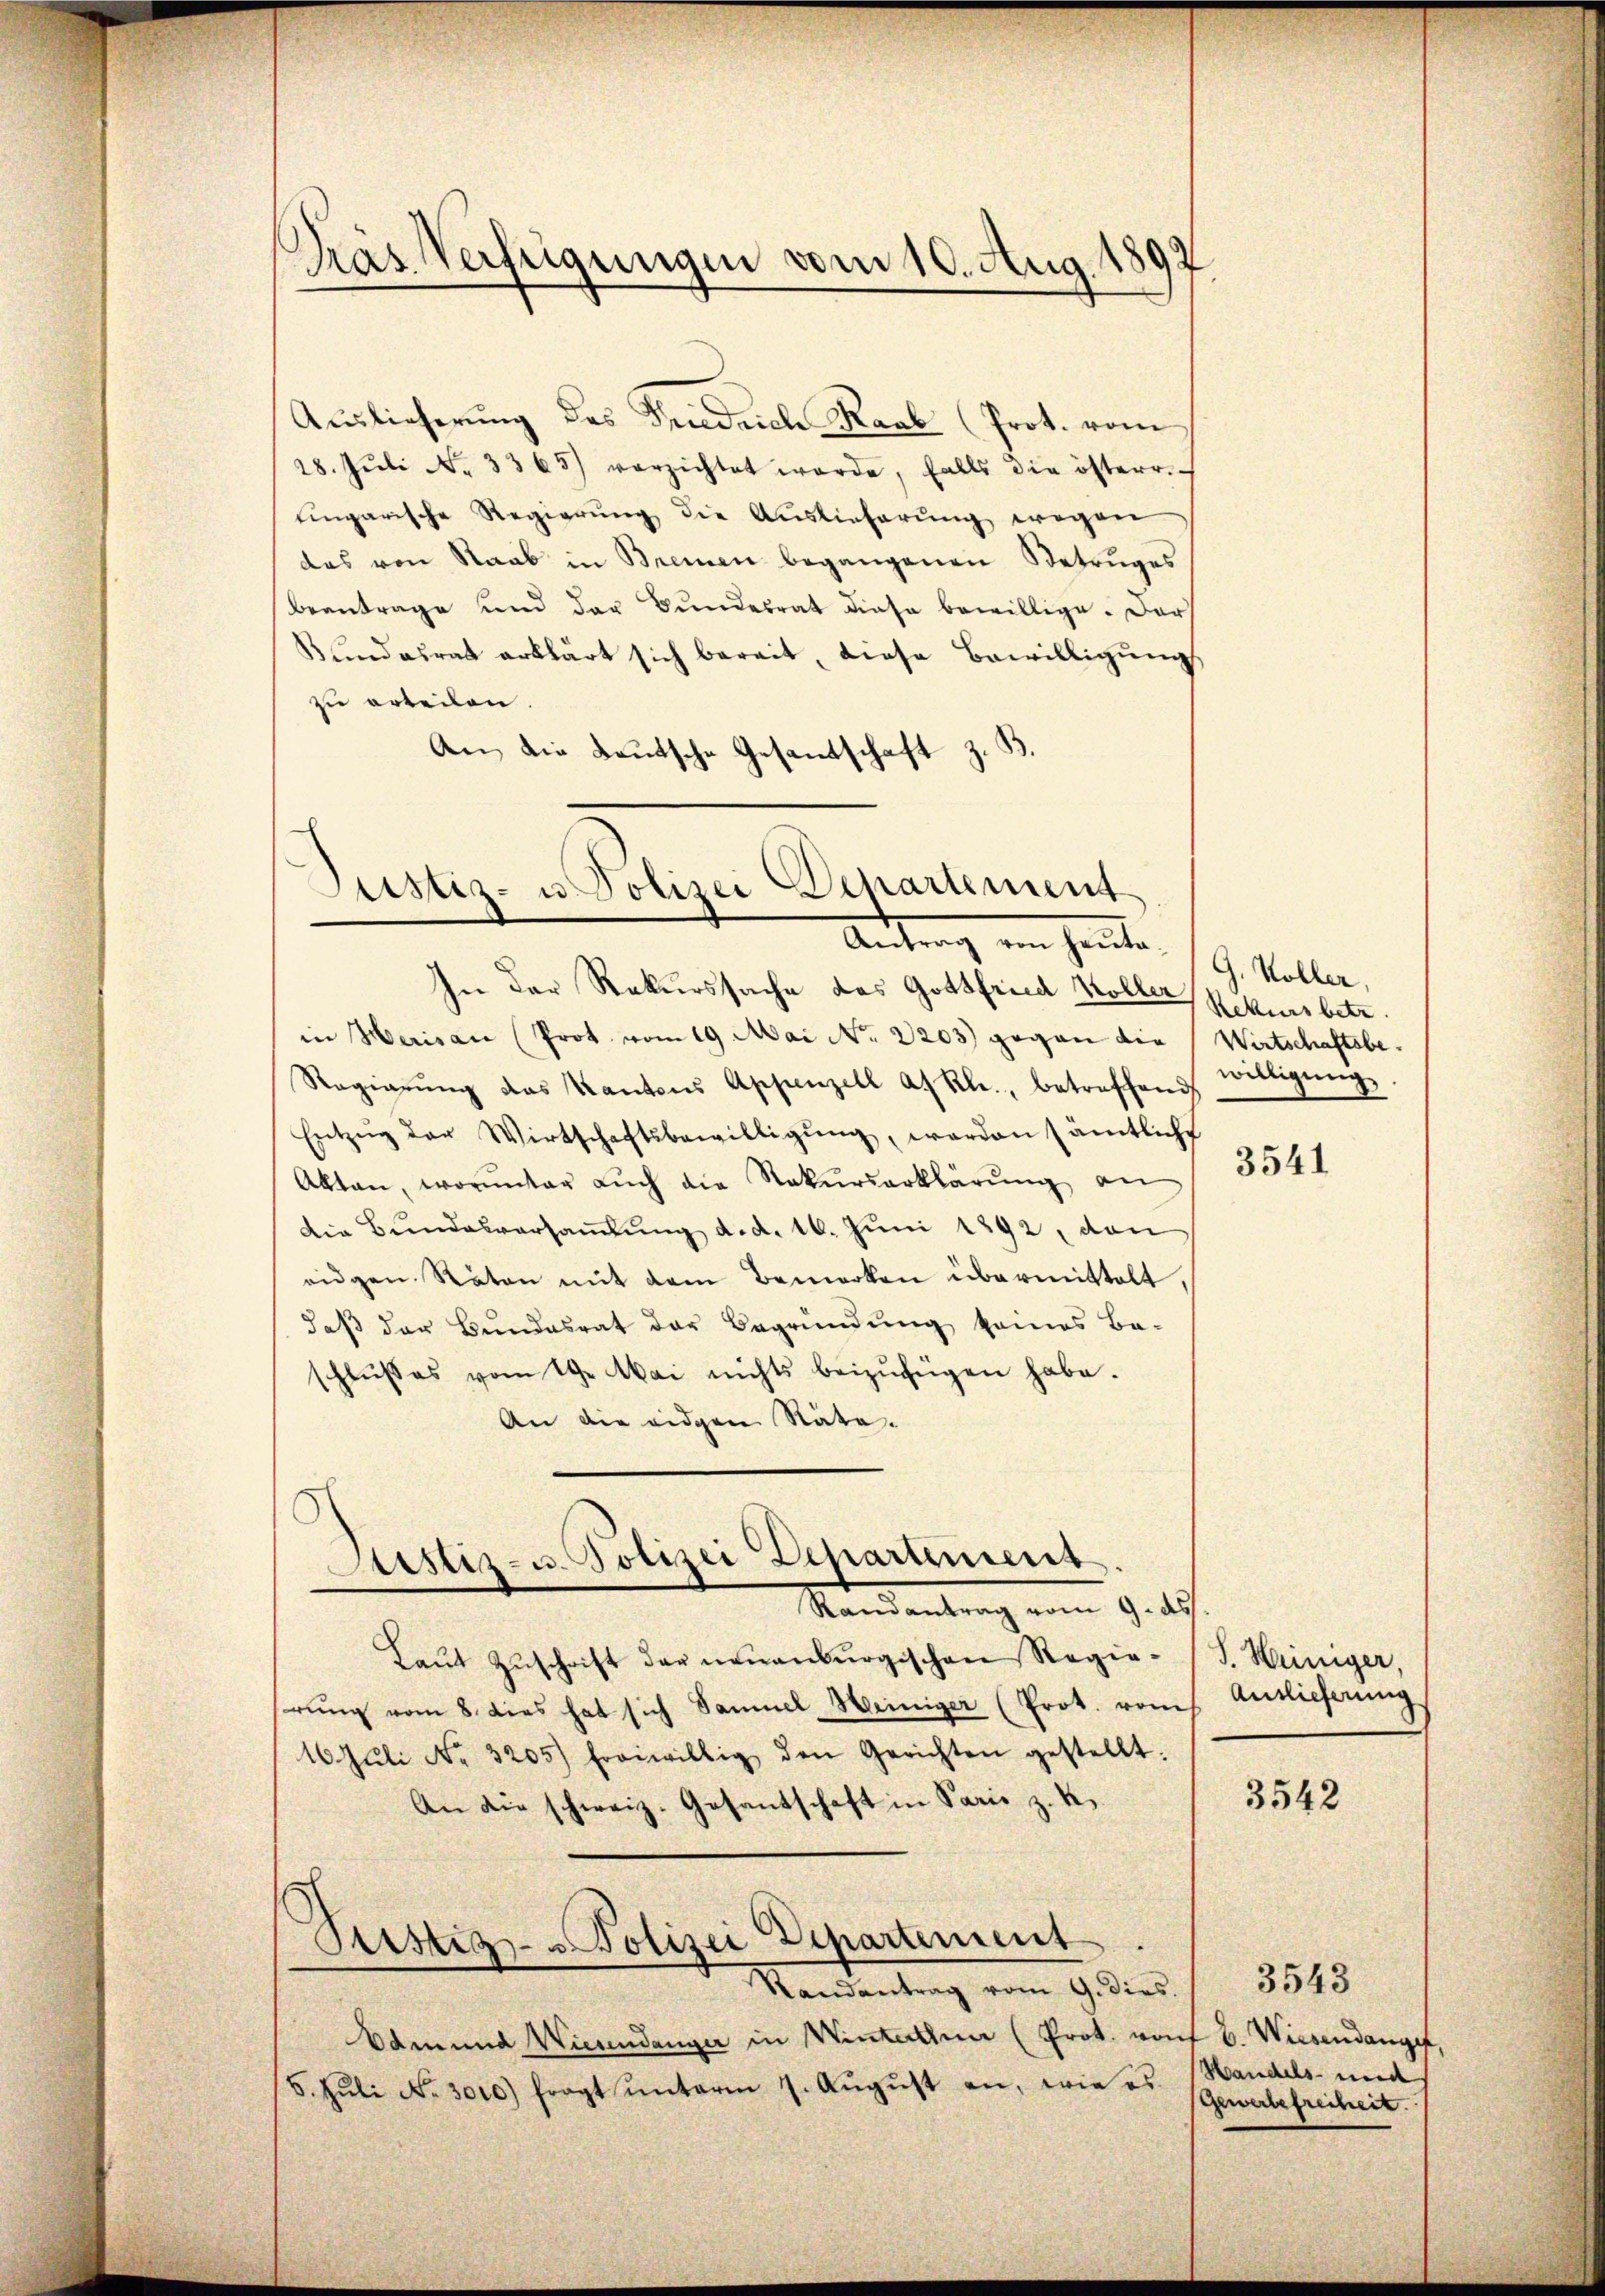
)
Tras Verfügungen vom 10. Aug. 1892.

Auslieferung des Friedrich Raab (Prot. vom
28. Jŭli No 3365) verzichtet werde, falls die österr.
ŭngarische Regierŭng die Auslieferŭng wegen
das von Staab in Bremen begangenen Betruges
Beantrage und der Bundesrat diese bewillige. Dars
Bŭndesrat erklärt sich bereit, diese Bewilligŭng
zu erteilen.
An die deutsche Gesandschaft z. B.

Justiz- u. Polizei Departement
Antrag von heŭta-

Justiz- u. Polizei Departement

In der Rekurssache das Gottfried Koller, Rekursbetr.
in Herisan (Prot. vom 19. Mai No 2203) gegen die Wirtschaftsbe¬
Regierŭng das Kantons Appenzell a. Rh., betreffend
Entzŭg der Wirtschaftsbewilligung, worden sämtliche
Akten, worŭnter aŭch die Rekurserklärŭng an
Die Bŭndesversaṁlŭng d. d. 16. Juni 1892, den
eidgen. Räten mit dem Bemerken übermittelt,
daβ der Bŭndesrat der Begründŭng keines Ba-
schlŭβes vom 19. Mai nichts beizufügen habe.
An die eidgen Räte.
Standentrag vom 9. ds.
Laut Zuschrift der neuenburgischen Regiesrŭng vom 8. dies hat sich Samuel Weiniger (Prot. vom Auslieferung
16. Juli Nr. 3205) freiwillig den Gerichten gestellt.
An die schweiz. Gesantschaft in Paris z. K.
Pustiz - Polizei Departement.
Randantrag vom 9. dies.
Edmund Wiesendanger in Winterthma (Prot. von 6. Wiesendangef
5. Jŭli No 3010) fragt ŭnterm 7. Aŭgŭst an, wie es (Gewerbefreiheit.

G. Voller,
willigung

3541

J. Heiniger,

3542

Handels- und

3543